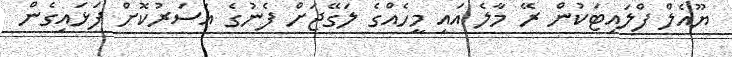
ޔޫއެލް ފްލައިޓަކުން ރޭ މާލެ އައި މީހެއްގެ ލަގޭޖަށް ފެނުގެ އަސަރުކޮށް ފަޅައިގެން